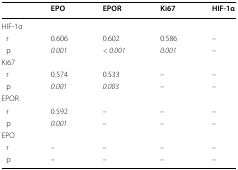
<table><thead><tr><td></td><td><b>EPO</b></td><td><b>EPOR</b></td><td><b>Ki67</b></td><td><b>HIF-1α</b></td></tr></thead><tbody><tr><td colspan="5">HIF-1α</td></tr><tr><td> r</td><td>0.606</td><td>0.602</td><td>0.586</td><td>–</td></tr><tr><td> p</td><td><i>0.001</i></td><td><i>&lt;</i> <i>0.001</i></td><td><i>0.001</i></td><td>–</td></tr><tr><td colspan="5">Ki67</td></tr><tr><td> r</td><td>0.574</td><td>0.533</td><td>–</td><td>–</td></tr><tr><td> p</td><td><i>0.001</i></td><td><i>0.003</i></td><td>–</td><td>–</td></tr><tr><td colspan="5">EPOR</td></tr><tr><td> r</td><td>0.592</td><td>–</td><td>–</td><td>–</td></tr><tr><td> p</td><td><i>0.001</i></td><td>–</td><td>–</td><td>–</td></tr><tr><td colspan="5">EPO</td></tr><tr><td> r</td><td>–</td><td>–</td><td>–</td><td>–</td></tr><tr><td> p</td><td>–</td><td>–</td><td>–</td><td>–</td></tr></tbody></table>